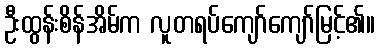
ဦးထွန်းစိန်အိမ်က လူတရပ်ကျော်ကျော်မြင့်၏။